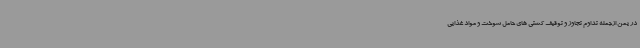
در یمن ازجمله تداوم تجاوز و توقیف کشتی های حامل سوخت و مواد غذایی